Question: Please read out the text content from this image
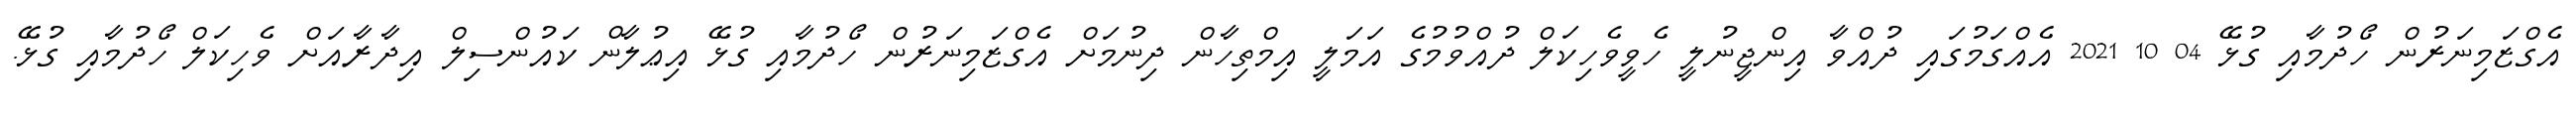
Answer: އެގްޒަމިނަރުން ހޯދުމާއި ގުޅޭ 04 10 2021 އެއްގަމުގައި ދުއްވާ އިންޖީނުލީ ހެވީވެހިކަލް ދުއްވުމުގެ އަމަލީ އިމްތިހާން ދިނުމަށް އެގްޒަމިނަރުން ހޯދުމާއި ގުޅޭ އިޢުލާން ކައުންސިލް އިދާރާއަށް ވެހިކަލް ހޯދުމާއި ގުޅޭ.